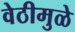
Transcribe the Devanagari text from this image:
वेठीमुळे